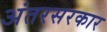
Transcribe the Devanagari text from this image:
अंतरसरकार